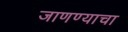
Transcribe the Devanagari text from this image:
जाणण्याचा